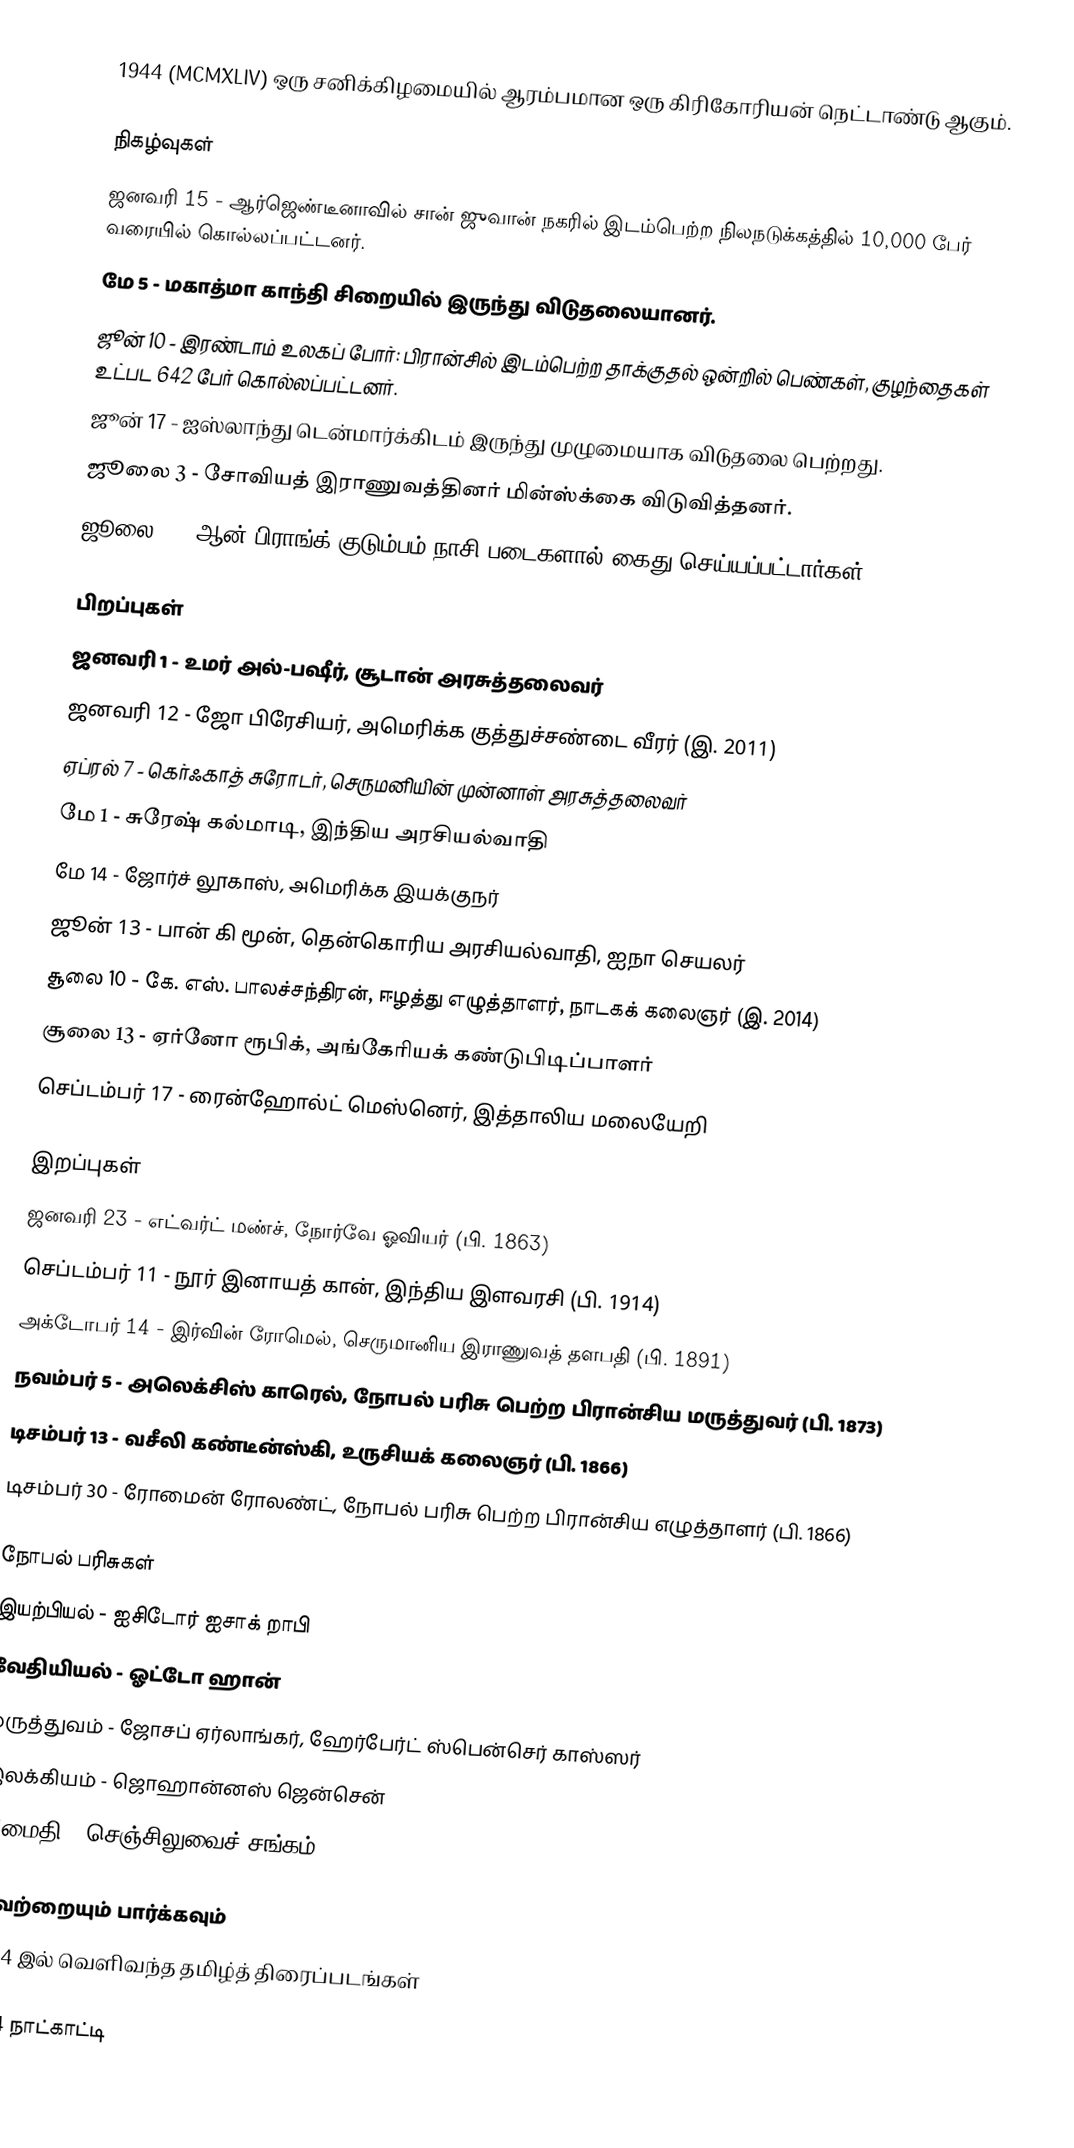
1944  (MCMXLIV) ஒரு சனிக்கிழமையில் ஆரம்பமான ஒரு கிரிகோரியன் நெட்டாண்டு ஆகும்.

நிகழ்வுகள்
 ஜனவரி 15 - ஆர்ஜெண்டீனாவில் சான் ஜுவான் நகரில் இடம்பெற்ற நிலநடுக்கத்தில் 10,000 பேர் வரையில் கொல்லப்பட்டனர்.
 மே 5 - மகாத்மா காந்தி சிறையில் இருந்து விடுதலையானர்.
 ஜூன் 10 - இரண்டாம் உலகப் போர்: பிரான்சில் இடம்பெற்ற தாக்குதல் ஒன்றில் பெண்கள், குழந்தைகள் உட்பட 642 பேர் கொல்லப்பட்டனர்.
 ஜூன் 17 - ஐஸ்லாந்து டென்மார்க்கிடம் இருந்து முழுமையாக விடுதலை பெற்றது.
 ஜூலை 3 - சோவியத் இராணுவத்தினர் மின்ஸ்க்கை விடுவித்தனர்.
 ஜூலை 4 - ஆன் பிராங்க் குடும்பம் நாசி படைகளால் கைது செய்யப்பட்டார்கள்.

பிறப்புகள்
 ஜனவரி 1 - உமர் அல்-பஷீர், சூடான் அரசுத்தலைவர்
 ஜனவரி 12 - ஜோ பிரேசியர், அமெரிக்க குத்துச்சண்டை வீரர் (இ. 2011)
 ஏப்ரல் 7 - கெர்ஃகாத் சுரோடர், செருமனியின் முன்னாள் அரசுத்தலைவர்
 மே 1 - சுரேஷ் கல்மாடி, இந்திய அரசியல்வாதி
 மே 14 - ஜோர்ச் லூகாஸ், அமெரிக்க இயக்குநர்
 ஜூன் 13 - பான் கி மூன், தென்கொரிய அரசியல்வாதி, ஐநா செயலர்
 சூலை 10 - கே. எஸ். பாலச்சந்திரன், ஈழத்து எழுத்தாளர், நாடகக் கலைஞர் (இ. 2014)
 சூலை 13 - ஏர்னோ ரூபிக், அங்கேரியக் கண்டுபிடிப்பாளர்
 செப்டம்பர் 17 - ரைன்ஹோல்ட் மெஸ்னெர், இத்தாலிய மலையேறி

இறப்புகள்
 ஜனவரி 23 - எட்வர்ட் மண்ச், நோர்வே ஓவியர் (பி. 1863)
 செப்டம்பர் 11 - நூர் இனாயத் கான், இந்திய இளவரசி (பி. 1914)
 அக்டோபர் 14 - இர்வின் ரோமெல், செருமானிய இராணுவத் தளபதி (பி. 1891)
 நவம்பர் 5 - அலெக்சிஸ் காரெல், நோபல் பரிசு பெற்ற பிரான்சிய மருத்துவர் (பி. 1873)
 டிசம்பர் 13 - வசீலி கண்டீன்ஸ்கி, உருசியக் கலைஞர் (பி. 1866)
 டிசம்பர் 30 - ரோமைன் ரோலண்ட், நோபல் பரிசு பெற்ற பிரான்சிய எழுத்தாளர் (பி. 1866)

நோபல் பரிசுகள்
 இயற்பியல் - ஐசிடோர் ஐசாக் றாபி
 வேதியியல் - ஓட்டோ ஹான்
 மருத்துவம் - ஜோசப் ஏர்லாங்கர், ஹேர்பேர்ட் ஸ்பென்செர் காஸ்ஸர்
 இலக்கியம் - ஜொஹான்னஸ் ஜென்சென்
 அமைதி - செஞ்சிலுவைச் சங்கம்

இவற்றையும் பார்க்கவும்
 1944 இல் வெளிவந்த தமிழ்த் திரைப்படங்கள்

1944 நாட்காட்டி